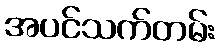
အပင်သက်တမ်း